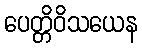
ပေတ္တိဝိသယေန